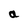
Character: a